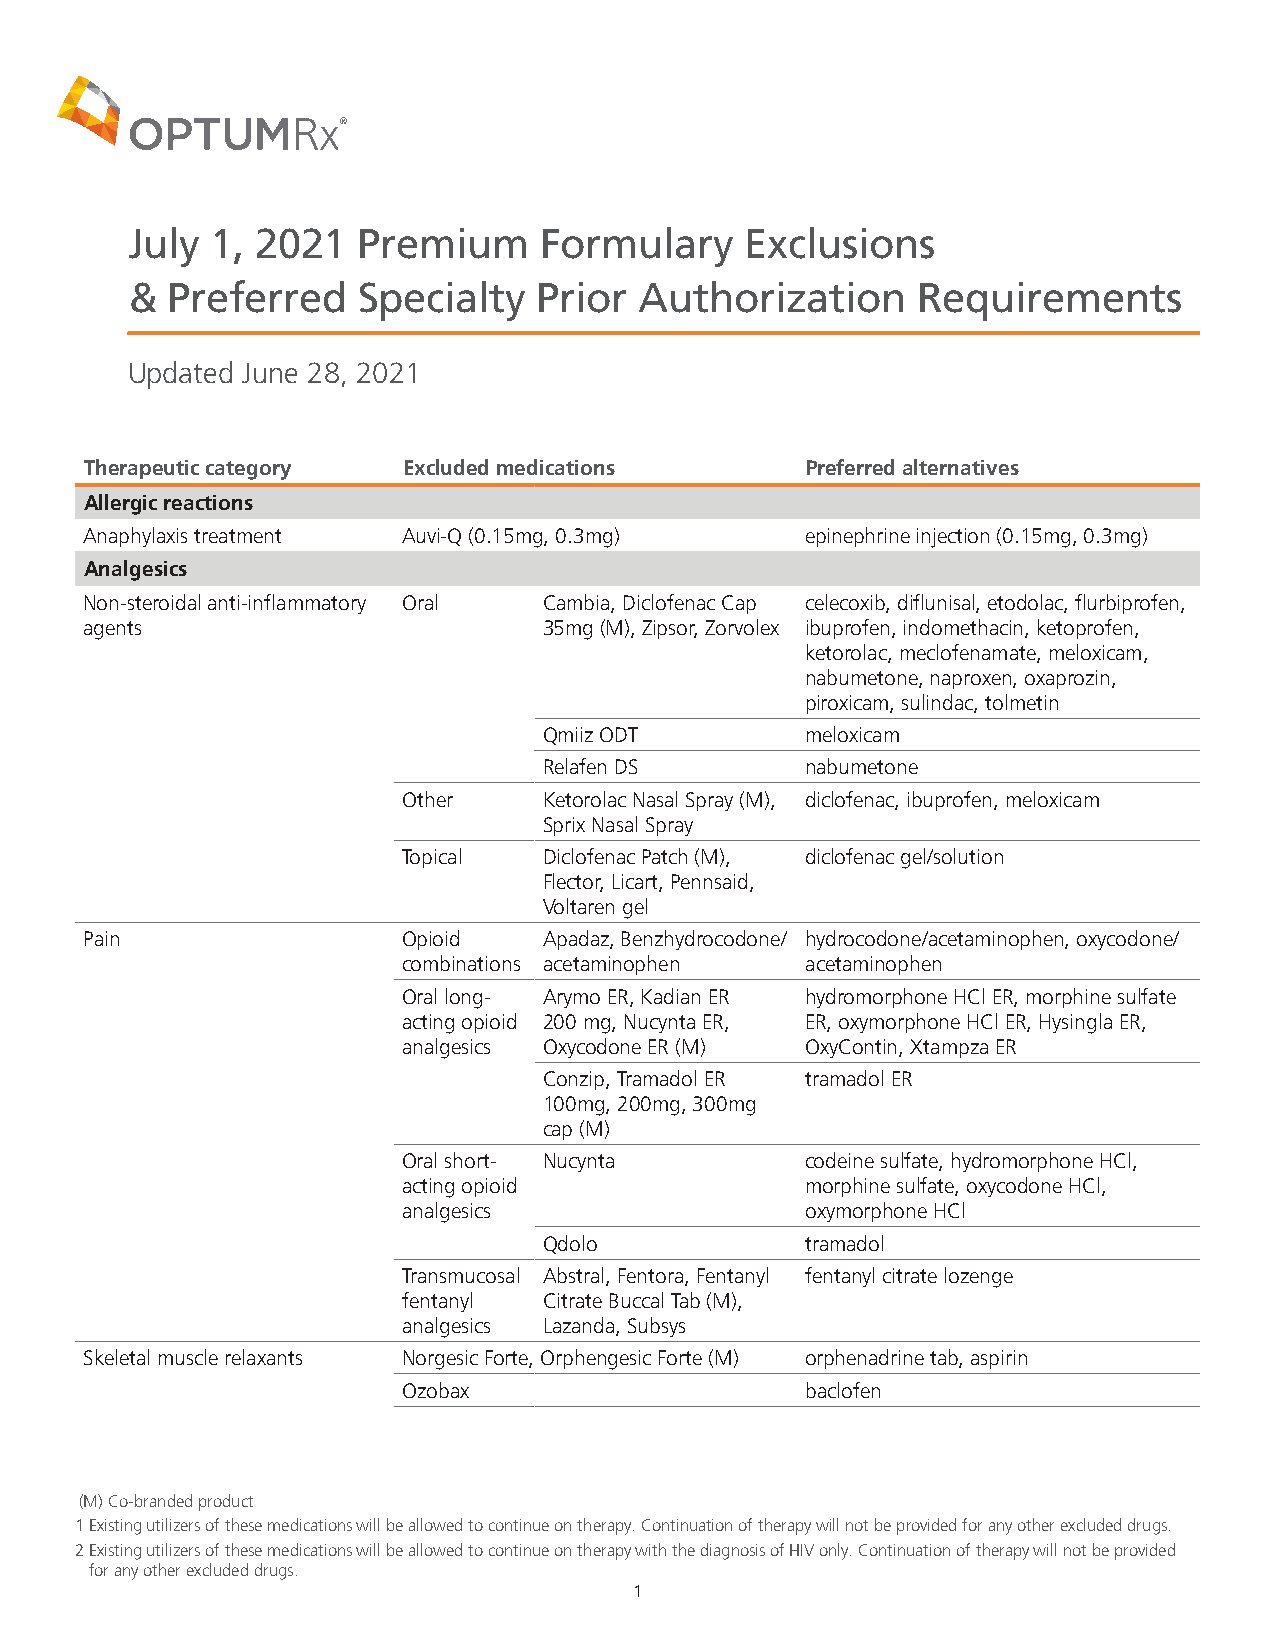
July  1, 2021   Premium     Formulary    Exclusions
 &  Preferred    Specialty   Prior Authorization      Requirements
 Updated June 28, 2021
 Therapeutic category Excluded medications      Preferred alternatives
 Allergic reactions
 Anaphylaxis treatment Auvi-Q (0.15mg, 0.3mg)   epinephrine injection (0.15mg, 0.3mg)
 Analgesics
 Non-steroidal anti-inflammatory Oral Cambia, Diclofenac Cap celecoxib, diflunisal, etodolac, flurbiprofen,
 agents                        35mg (M), Zipsor, Zorvolex ibuprofen, indomethacin, ketoprofen,
 ketorolac, meclofenamate, meloxicam,
 nabumetone, naproxen, oxaprozin,
 piroxicam, sulindac, tolmetin
 Qmiiz ODT        meloxicam
 Relafen DS       nabumetone
 Other    Ketorolac Nasal Spray (M), diclofenac, ibuprofen, meloxicam
 Sprix Nasal Spray
 Topical  Diclofenac Patch (M), diclofenac gel/solution
 Flector, Licart, Pennsaid,
 Voltaren gel
 Pain                 Opioid   Apadaz, Benzhydrocodone/ hydrocodone/acetaminophen, oxycodone/
 combinations acetaminophen acetaminophen
 Oral long- Arymo ER, Kadian ER hydromorphone HCl ER, morphine sulfate
 acting opioid 200 mg, Nucynta ER, ER, oxymorphone HCl ER, Hysingla ER,
 analgesics Oxycodone ER (M) OxyContin, Xtampza ER
 Conzip, Tramadol ER tramadol ER
 100mg, 200mg, 300mg
 cap (M)
 Oral short- Nucynta       codeine sulfate, hydromorphone HCl,
 acting opioid             morphine sulfate, oxycodone HCl,
 analgesics                oxymorphone HCl
 Qdolo            tramadol
 Transmucosal Abstral, Fentora, Fentanyl fentanyl citrate lozenge
 fentanyl Citrate Buccal Tab (M),
 analgesics Lazanda, Subsys
 Skeletal muscle relaxants Norgesic Forte, Orphengesic Forte (M) orphenadrine tab, aspirin
 Ozobax                    baclofen
 (M) Co-branded product
 1 Existing utilizers of these medications will be allowed to continue on therapy. Continuation of therapy will not be provided for any other excluded drugs.
 2 Existing utilizers of these medications will be allowed to continue on therapy with the diagnosis of HIV only. Continuation of therapy will not be provided
 for any other excluded drugs.
 1